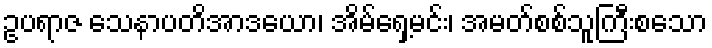
ဥပရာဇ သေနာပတိအာဒယော၊ အိမ်ရှေ့မင်း၊ အမတ်စစ်သူကြီးစသော